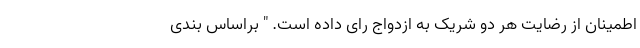
اطمینان از رضایت هر دو شریک به ازدواج رای داده است. " براساس بندی